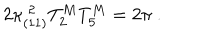
2 \kappa _ { ( 1 1 ) } ^ { \; 2 } T _ { 2 } ^ { M } T _ { 5 } ^ { M } = 2 \pi \ .